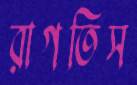
রাগতিস